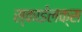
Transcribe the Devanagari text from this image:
स्काईलक्स